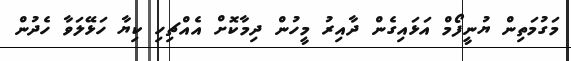
މަގުމަތިން ޔުނީފޯމް އަޅައިގެން ދާއިރު މީހުން ދިމާކޮށް އެއްޗިހި ކިޔާ ހަޅޭލަވާ ހެދުން